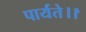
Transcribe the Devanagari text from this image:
पार्यते।।